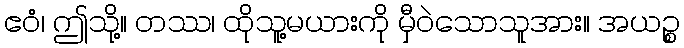
ဧဝံ၊ ဤသို့။ တဿ၊ ထိုသူ့မယားကို မှီဝဲသောသူအား။ အယဉ္စ